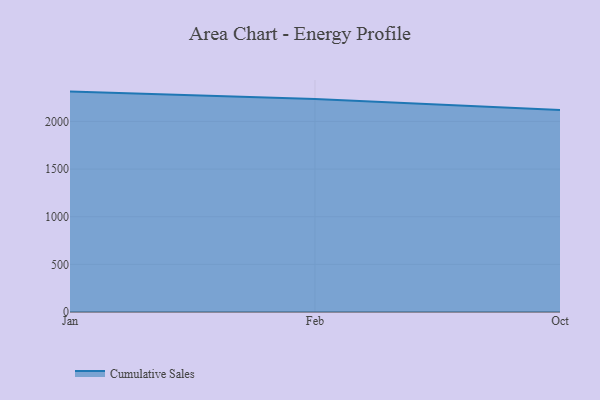
{"axis": {"x": "Month", "y": "Satisfaction Score"}, "legend": ["Cumulative Sales"], "data": [{"x": "Jan", "y": 2313.2, "type": "Cumulative Sales"}, {"x": "Feb", "y": 2235.6, "type": "Cumulative Sales"}, {"x": "Oct", "y": 2119.5, "type": "Cumulative Sales"}]}